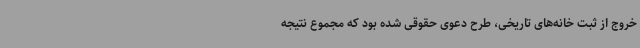
خروج از ثبت خانه‌های تاریخی، طرح دعوی حقوقی شده بود که مجموع نتیجه